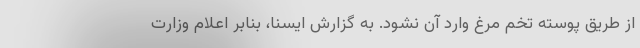
از طریق پوسته تخم مرغ وارد آن نشود. به گزارش ایسنا، بنابر اعلام وزارت